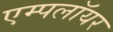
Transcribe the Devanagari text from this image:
एम्पलॉयर